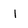
Character: 1